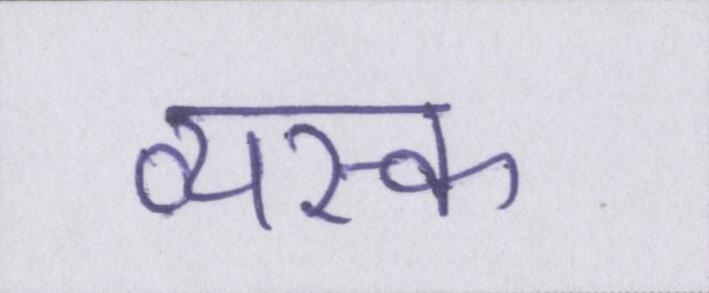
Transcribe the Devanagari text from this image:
व्यस्क